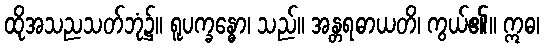
ထိုအသညသတ်ဘုံ၌။ ရူပက္ခန္ဓော၊ သည်။ အန္တရဓာယတိ၊ ကွယ်၏။ ဣဓ၊